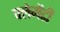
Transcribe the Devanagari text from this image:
क्लेमेंटी